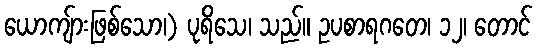
ယောကျ်ားဖြစ်သော၊) ပုရိသေ၊ သည်။ ဥပစာရဂတေ၊ ၁၂၊ တောင်